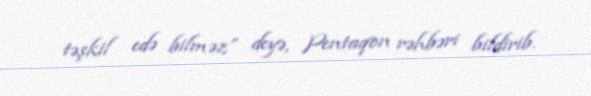
təşkil edə bilməz” deyə, Pentaqon rəhbəri bildirib.